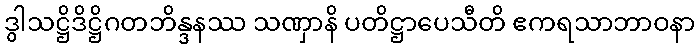
ဒွါသဋ္ဌိဒိဋ္ဌိဂတဘိန္ဒနဿ သဏှာနိ ပတိဋ္ဌာပေသီတိ ဧကရသာဘာဝနာ